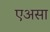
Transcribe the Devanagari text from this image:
एअसा